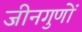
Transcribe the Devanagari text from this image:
जीनगुणों